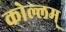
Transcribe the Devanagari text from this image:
कोल्लम्